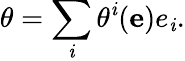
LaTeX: \theta=\sum_{\mathit{i}}\theta^{\mathit{i}}(\mathbf{{e}})e_{\mathit{i}}.